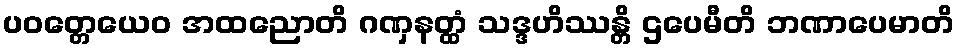
ပဝတ္တေယေဝ အထညောတိ ဂဏှနတ္ထံ သဒ္ဒဟိဿန္တိ ဌပေမီတိ ဘဏာပေမာတိ